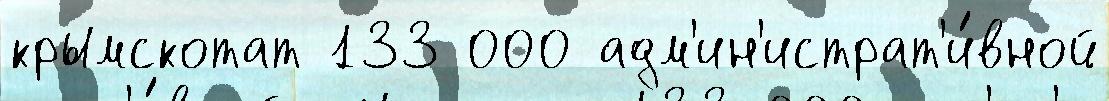
крымскотат 133 000 адм'ин'истрат'и́вной